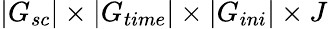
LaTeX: |G_{sc}|\times|G_{time}|\times|G_{ini}|\times J